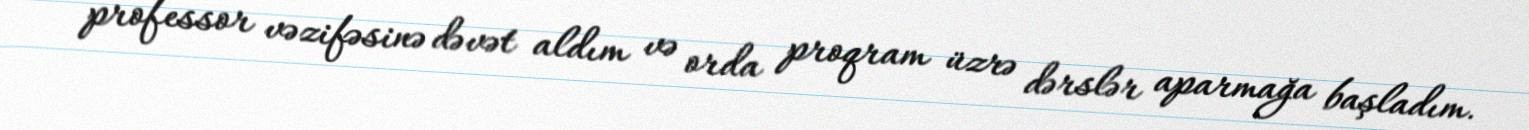
professor vəzifəsinə dəvət aldım və orda proqram üzrə dərslər aparmağa başladım.